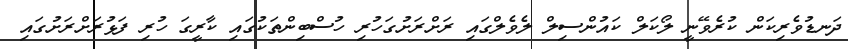
ދަނޑުވެރިކަން ކުރެވޭނީ ލޯކަލް ކައުންސިލް ލެވެލްގައި ރަށްރަށުގަހުރި ހުސްބިންތަކުގައި ކާރީގަ ހުރި ފަޅުރަށްރަށުގައި